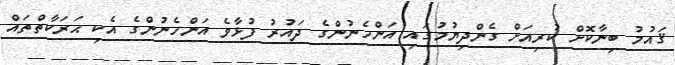
ޤައުމު ބިނާކޮށް ކުރިއަށް ގެންދިޔުމުގައި އަންހެނުންގެ ދައުރު ފުޅާވެ އަންހެނުންގެ އެކި ޙަރަކާތްތައް